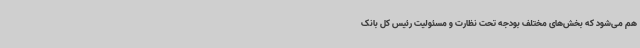
هم می‌شود که بخش‌های مختلف بودجه تحت نظارت و مسئولیت رئیس کل بانک